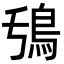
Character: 𮬧